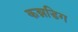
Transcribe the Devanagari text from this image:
कन्नडिग